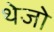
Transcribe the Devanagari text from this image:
थेजो